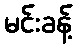
မင်းခန့်